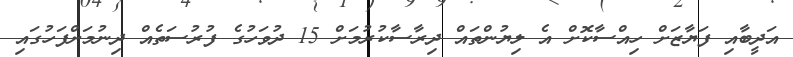
އަދީބާއި ފަޔާޒަށް ހިއްސާކޮށް އެ ލިޔުންތައް ދިރާސާކުރުމަށް 15 ދުވަހުގެ ފުރުސަތެއް ދިނުމަށްފަހުގައި